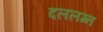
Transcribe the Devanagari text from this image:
दललग्न